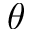
\boldsymbol { \theta }